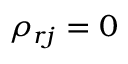
\rho _ { r j } = 0